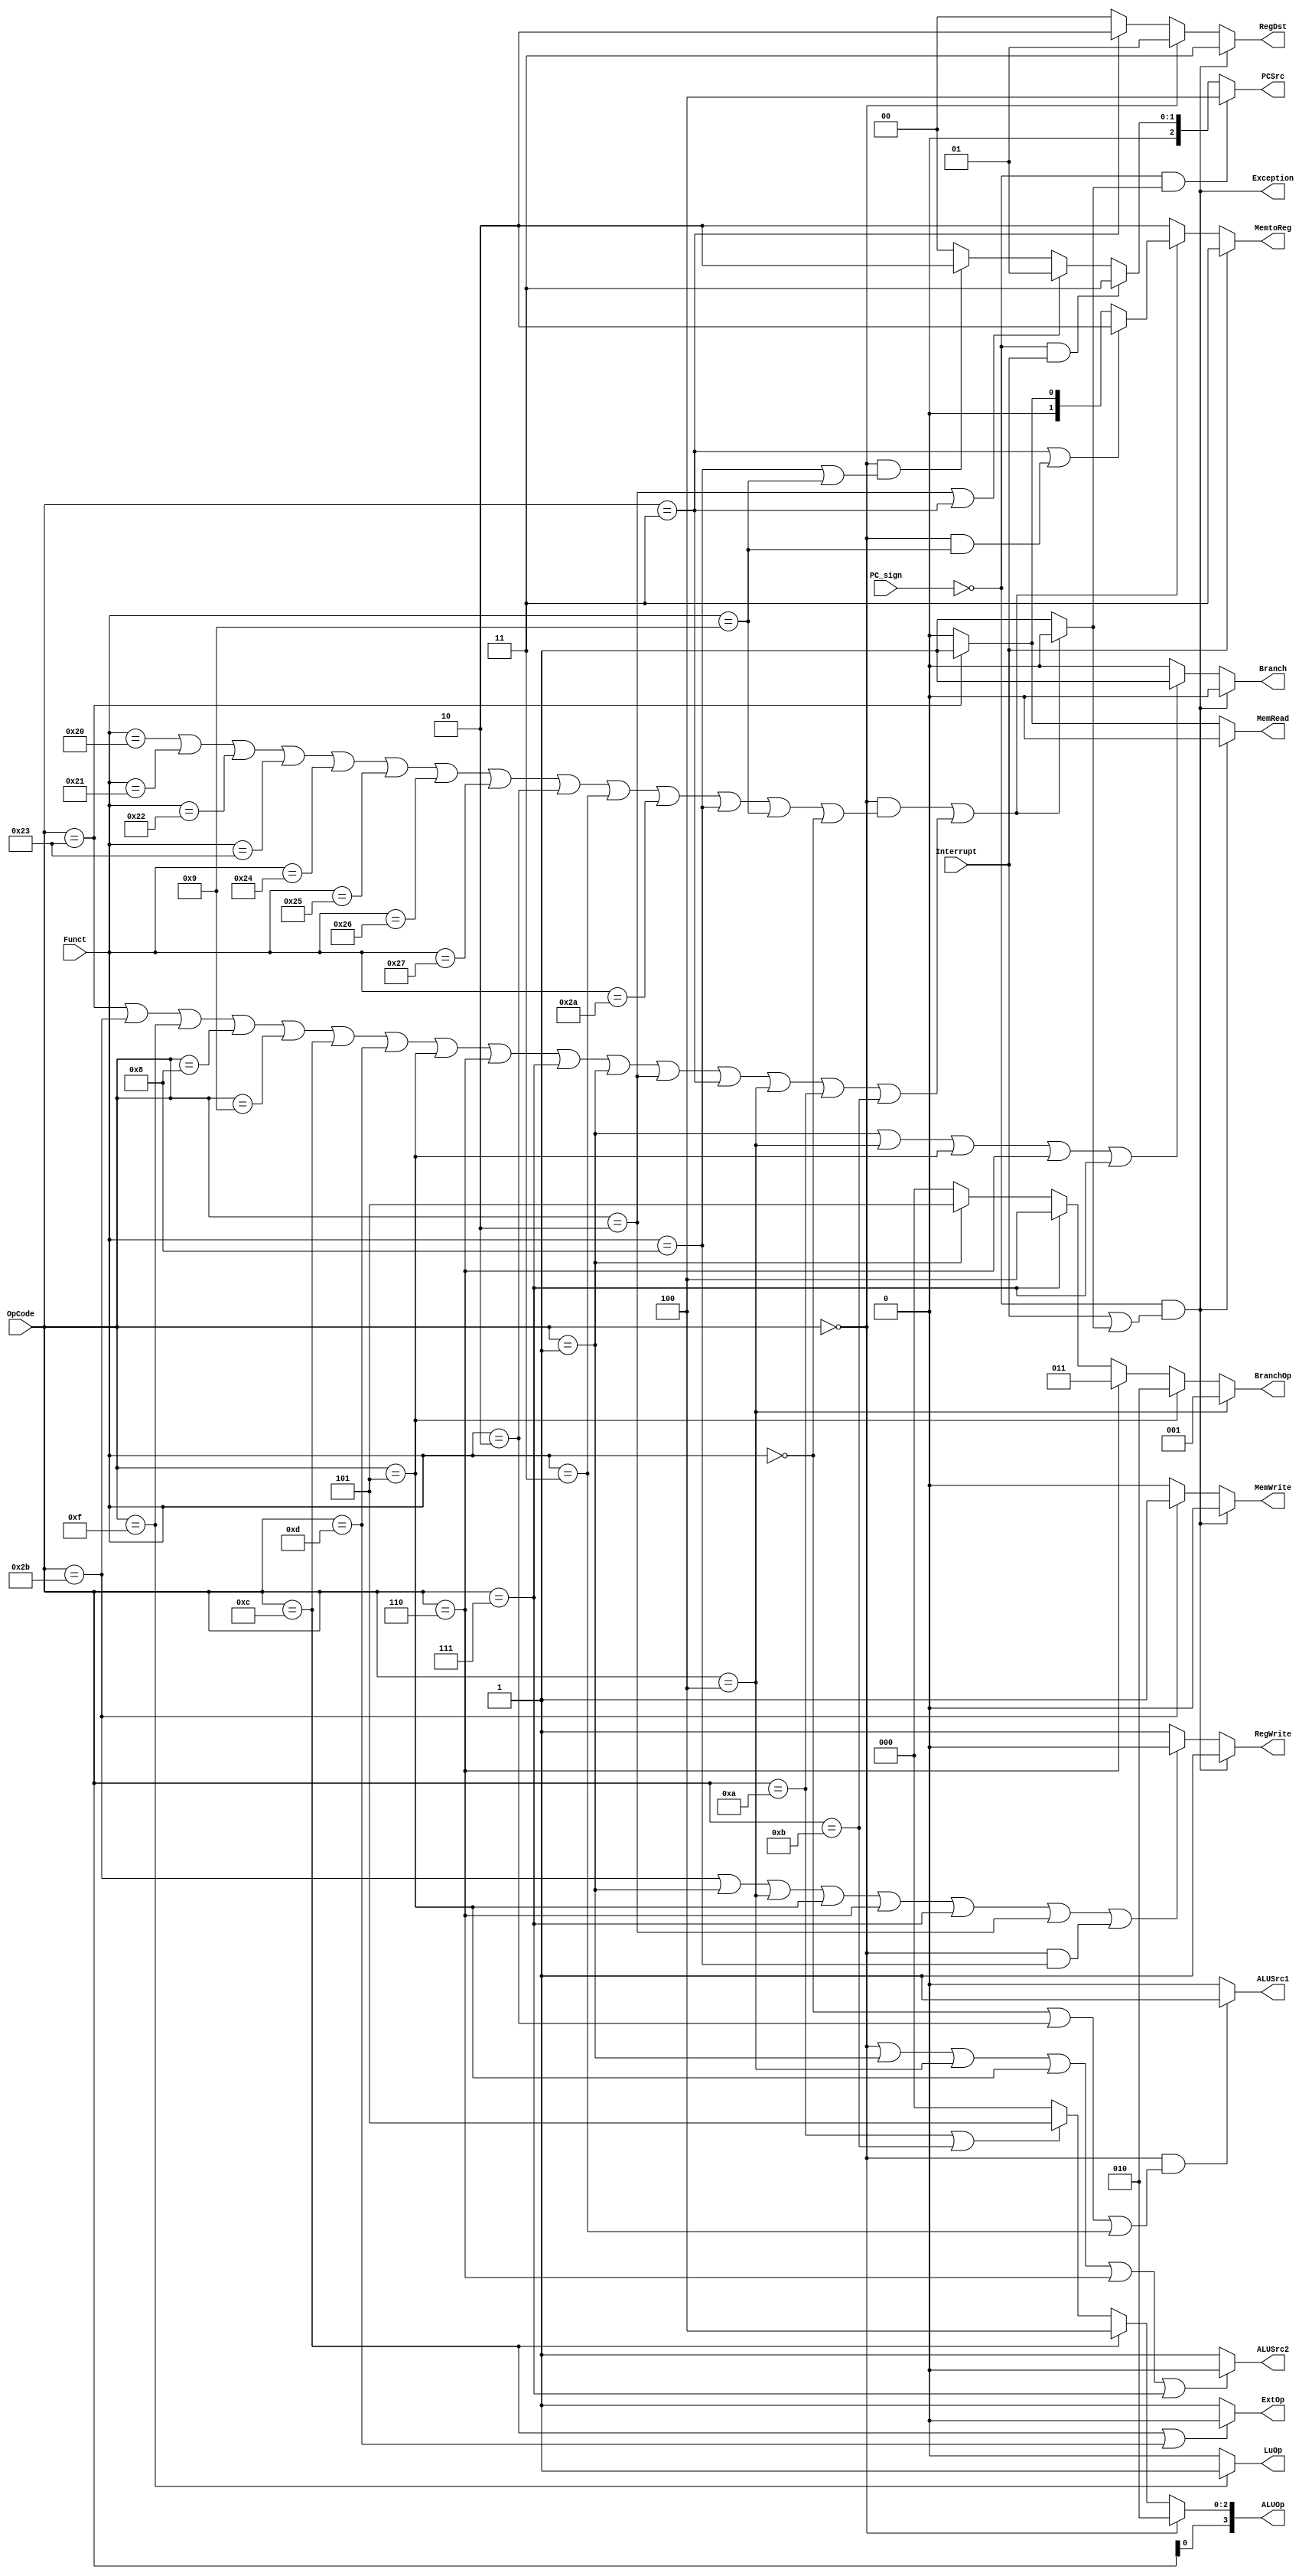
`timescale 1ns / 1ps
module Control(OpCode, Funct, Interrupt, PC_sign,
    PCSrc, Branch, RegWrite, RegDst, 
    MemRead, MemWrite, MemtoReg, 
    ALUSrc1, ALUSrc2, ExtOp, LuOp, ALUOp, BranchOp, Exception);
    input [5:0] OpCode;
    input [5:0] Funct;
    input Interrupt;
    input PC_sign;
    output [2:0] PCSrc;
    output Branch;
    output RegWrite;
    output [1:0] RegDst;
    output MemRead;
    output MemWrite;
    output [1:0] MemtoReg;
    output ALUSrc1;
    output ALUSrc2;
    output ExtOp;
    output LuOp;
    output [3:0] ALUOp;
    output [2:0] BranchOp;
    output Exception;

    wire Exception_inside;

    assign Exception_inside = ((OpCode == 6'h00 && (Funct == 6'h20 || Funct == 6'h21 || Funct == 6'h22 || Funct == 6'h23 || Funct == 6'h24 || Funct == 6'h25 || Funct == 6'h26 || Funct == 6'h27 || Funct == 6'h02 || Funct == 6'h03 || Funct == 6'h2a || Funct == 6'h08 || Funct == 6'h09 || Funct == 6'h00)) || (OpCode == 6'h23 || OpCode == 6'h2b || OpCode == 6'h0f || OpCode == 6'h08 || OpCode == 6'h09 || OpCode == 6'h0c || OpCode == 6'h0d || OpCode == 6'h05 || OpCode == 6'h06 || OpCode == 6'h07 || OpCode == 6'h01 || OpCode == 6'h02 || OpCode == 6'h03 || OpCode == 6'h04 || OpCode == 6'h0a || OpCode == 6'h0b))? 1'b0:
    1'b1;
    assign Exception = (!PC_sign) && (Interrupt || Exception_inside);
    assign PCSrc =
        ((!PC_sign) && Exception_inside == 1'b1)? 3'd4:
        ((!PC_sign) && Interrupt == 1'b1)? 3'd3:
        (OpCode == 6'h02 || OpCode == 6'h03)? 3'd1:
        (OpCode == 6'h00 && (Funct == 6'h08 || Funct == 6'h09))? 3'd2:
        3'd0;
    assign Branch =
        (Exception == 1'b1)? 1'b0:        
        (OpCode == 6'h01 || OpCode == 6'h04 || OpCode == 6'h05 || OpCode == 6'h06 || OpCode == 6'h07)? 1'b1:
        1'b0;
    assign RegWrite =
        (Exception == 1'b1)? 1'b1:
        (OpCode == 6'h2b || OpCode == 6'h01 || OpCode == 6'h04 || OpCode == 6'h05 || OpCode == 6'h06 || OpCode == 6'h07 || OpCode == 6'h02 || (OpCode == 6'h00 && Funct == 6'h08))? 1'b0:
        1'b1;
    assign RegDst =
        (Exception == 1'b1)? 2'd3:
        (OpCode == 6'h00)? 2'd1:
        (OpCode == 6'h03)? 2'd2:
        2'd0;
    assign MemRead =
        (Exception == 1'b1)? 1'b0:
        (OpCode == 6'h23)? 1'b1:
        1'b0;
    assign MemWrite =
        (Exception == 1'b1)? 1'b0:
        (OpCode == 6'h2b)? 1'b1:
        1'b0;
    assign MemtoReg =
        (Interrupt == 1'b1)? 2'd3:
        (Exception_inside == 1'b1)? 2'd2:
        (OpCode == 6'h03 || (OpCode == 6'h00 && Funct == 6'h09))? 2'd2:
        (OpCode == 6'h23)? 2'd1:
        2'd0;
    assign ALUSrc1 =
        (OpCode == 6'h00 && (Funct == 6'h00 || Funct == 6'h02 || Funct == 6'h03))? 1'b1:
        1'b0;
    assign ALUSrc2 =
        (OpCode == 6'h00 || OpCode == 6'h01 || OpCode == 6'h04 || OpCode == 6'h05 || OpCode == 6'h06 || OpCode == 6'h07)? 1'b0:
        1'b1;
    assign ExtOp =
        (OpCode == 6'h0c || OpCode == 6'h0d)? 1'b0:
        1'b1;
    assign LuOp =
        (OpCode == 6'h0f)? 1'b1:
        1'b0;

    assign ALUOp[2:0] = 
        (OpCode == 6'h00)? 3'b010: 
        (OpCode == 6'h0c)? 3'b100: 
        (OpCode == 6'h0a || OpCode == 6'h0b)? 3'b101: 
        3'b000;

    assign ALUOp[3] = OpCode[0];

    assign BranchOp = 
        (OpCode == 6'h04)? 3'b001:
        (OpCode == 6'h05)? 3'b010:
        (OpCode == 6'h06)? 3'b011:
        (OpCode == 6'h07)? 3'b100:
        (OpCode == 6'h01)? 3'b101:
        3'b000;

endmodule